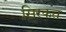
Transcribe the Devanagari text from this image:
स़िरकत